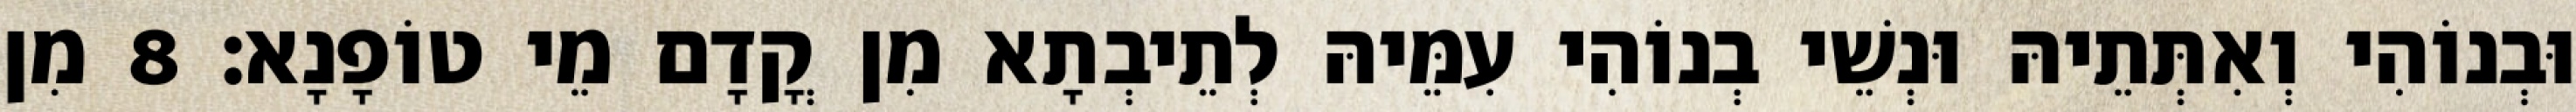
וּבְנוֹהִי וְאִתְּתֵיהּ וּנְשֵׁי בְנוֹהִי עִמֵּיהּ לְתֵיבְתָא מִן קֳדָם מֵי טוֹפָנָא׃ 8 מִן